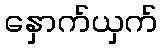
နှောက်ယှက်